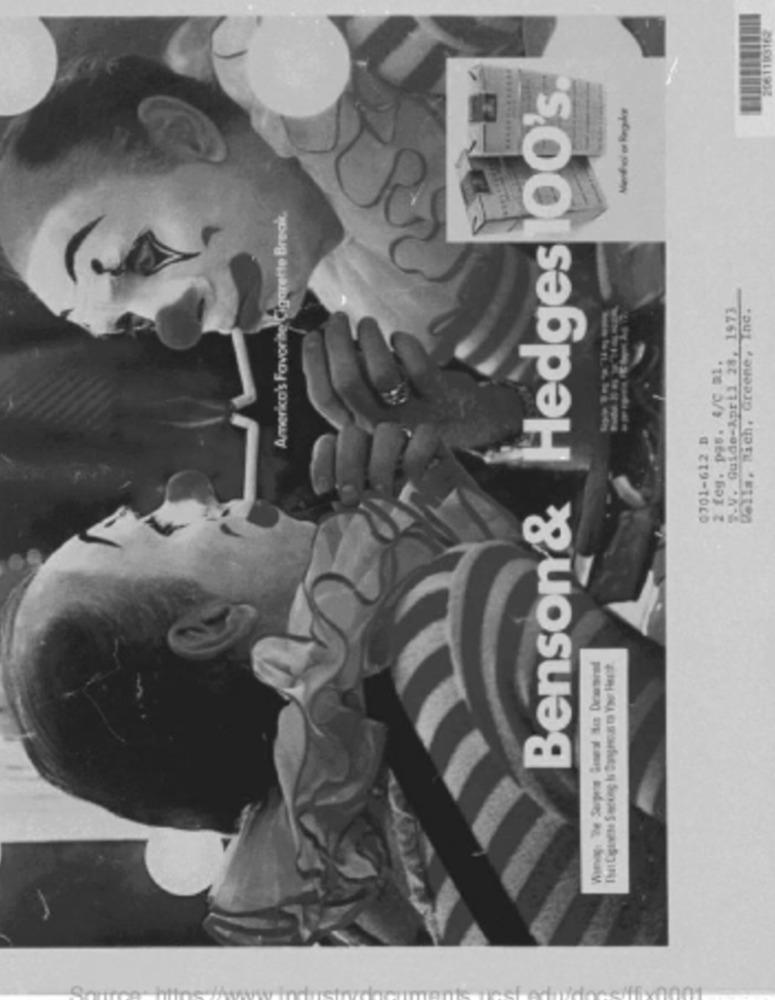
2061190162
Benson & Hedges 100's
.............
America's Favorite Cigarette Break
3.V. Guide-April 28, 1973
Della, Rich, Greene, Inc.
2 feg. pqs. 4/0 a1.
0701-612 B